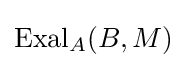
{\text{Exal}}_{A}(B,M)